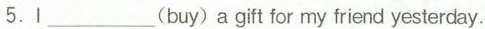
5.I___(buy)a gift for my friend yesterday.